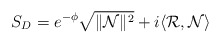
\begin{align*}S_{D} = e^{-\phi} \sqrt{\| \mathcal{N} \|^2} + i \langle \mathcal{R} ,\mathcal{N} \rangle\end{align*}